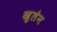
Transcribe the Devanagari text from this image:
खुलेन